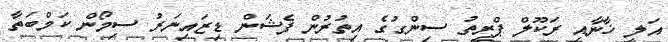
އަލީ ޚާނާއި ރަކޫލް ޕްރީތު ސިންގުގެ އިތުރުން ފެޝަން ޑިޒައިނަރު ސިމޯން ކަމްބަތާ